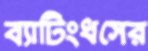
ব্যাটিংধসের